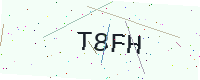
Text: T8FH